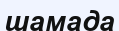
шамада